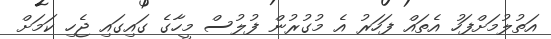
އަތުލުމަށްފަހު އެތައް ފަހަރު އެ މުގުރުން ފުލުސް މީހާގެ ގައިގައި ޖެހި ކަމަށް